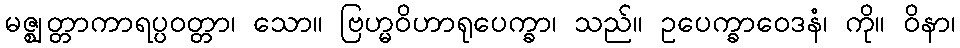
မဇ္ဈတ္တာကာရပ္ပဝတ္တာ၊ သော။ ဗြဟ္မဝိဟာရုပေက္ခာ၊ သည်။ ဥပေက္ခာဝေဒနံ၊ ကို။ ဝိနာ၊